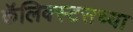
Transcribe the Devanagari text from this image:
कॅलिक्स्टसच्या